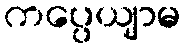
ကပ္ပေယျာမ